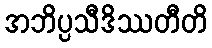
အဘိပ္ပသီဒိဿတီတိ